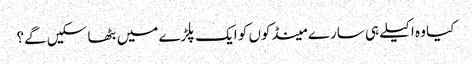
کیا وہ اکیلے ہی سارے مینڈکوں کو ایک پلڑے میں بٹھا سکیں گے؟